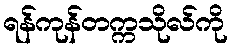
ရန်ကုန်တက္ကသိုလ်ကို